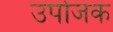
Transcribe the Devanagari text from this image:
उपोजक